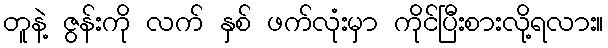
တူနဲ့ ဇွန်းကို လက် နှစ် ဖက်လုံးမှာ ကိုင်ပြီးစားလို့ရလား။